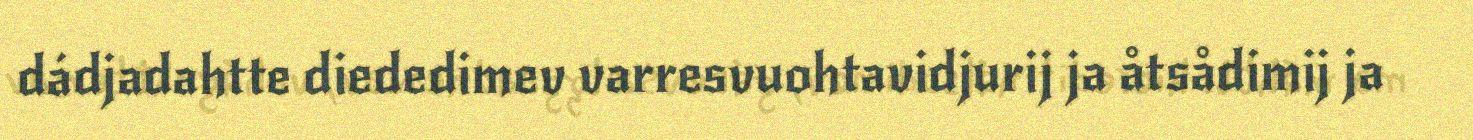
dádjadahtte diededimev varresvuohtavidjurij ja åtsådimij ja